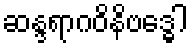
ဆန္ဒရာဂဝိနိဗဒ္ဓေါ